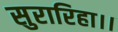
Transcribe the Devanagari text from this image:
सुरारिहा।।